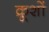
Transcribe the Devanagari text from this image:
क्रूशों